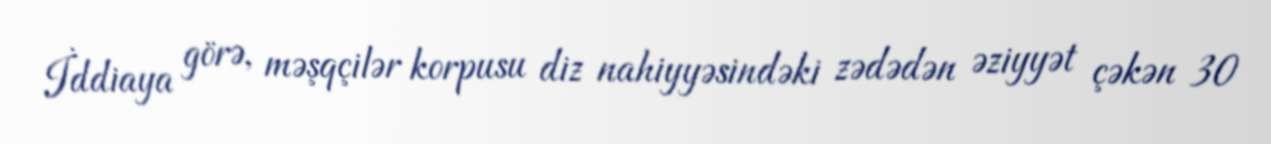
İddiaya görə, məşqçilər korpusu diz nahiyyəsindəki zədədən əziyyət çəkən 30